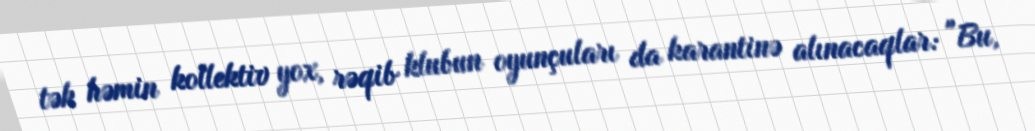
tək həmin kollektiv yox, rəqib klubun oyunçuları da karantinə alınacaqlar: "Bu,